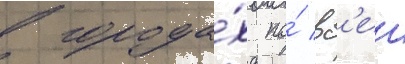
в города́х по́ вс'еи